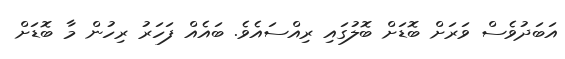
އަބަދުވެސް ވަރަށް ބޮޑަށް ބޮލުގަައި ރިއްސައެވެ. ބައެއް ފަހަރު ރިހުން މާ ބޮޑަށް